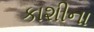
કાશીના